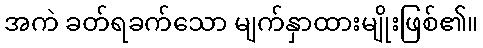
အကဲ ခတ်ရခက်သော မျက်နှာထားမျိုးဖြစ်၏။